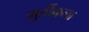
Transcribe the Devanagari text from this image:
मुर्तीकला